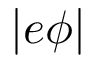
| e \phi |